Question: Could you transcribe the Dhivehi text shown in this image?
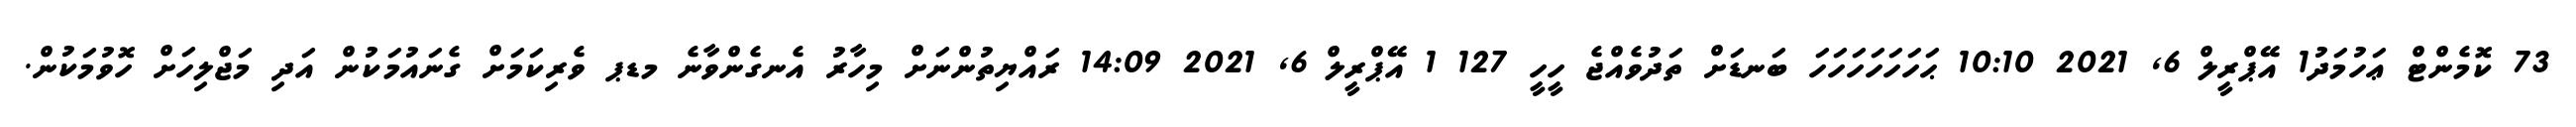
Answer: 73 ކޮމެންޓް ޢަހުމަދު1 އޭޕްރީލް 6, 2021 10:10 ޙަހަހަހަހަހަހަ ބަނޑަށް ތަދުވެއްޖެ ހީހީ 127 1 އޭޕްރީލް 6, 2021 14:09 ރައްޔިތުންނަށް މިހާރު އެނގެންވާނެ މޑޕ ވެރިކަމަށް ގެނައުމަކުން އަދި މަޖްލިހަށް ހޮވުމަކުން.